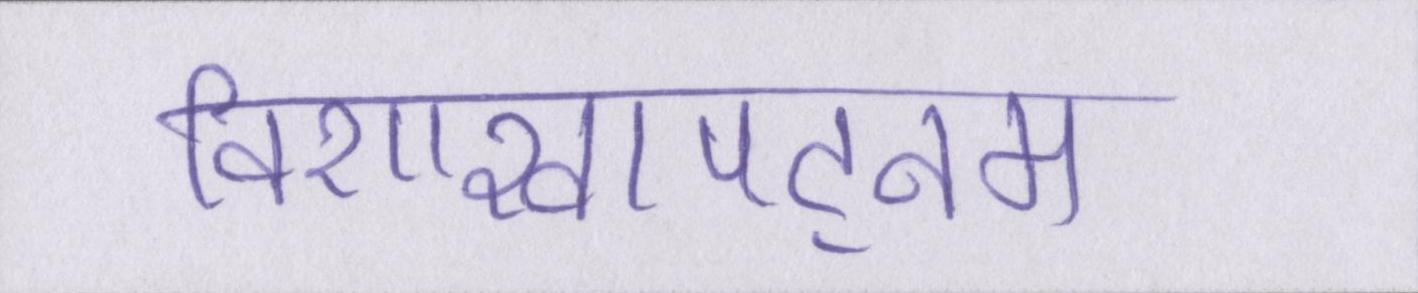
विशाखापट्नम